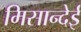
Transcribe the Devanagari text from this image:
मिसान्देई